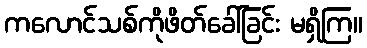
ကလောင်သစ်ကိုဖိတ်ခေါ်ခြင်း မရှိကြ။